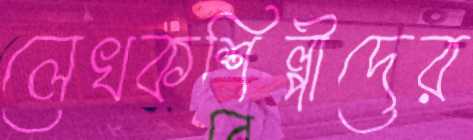
লেখকশিল্পীদের